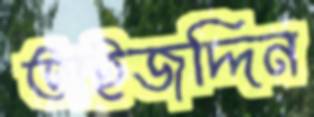
তাইজদ্দিন